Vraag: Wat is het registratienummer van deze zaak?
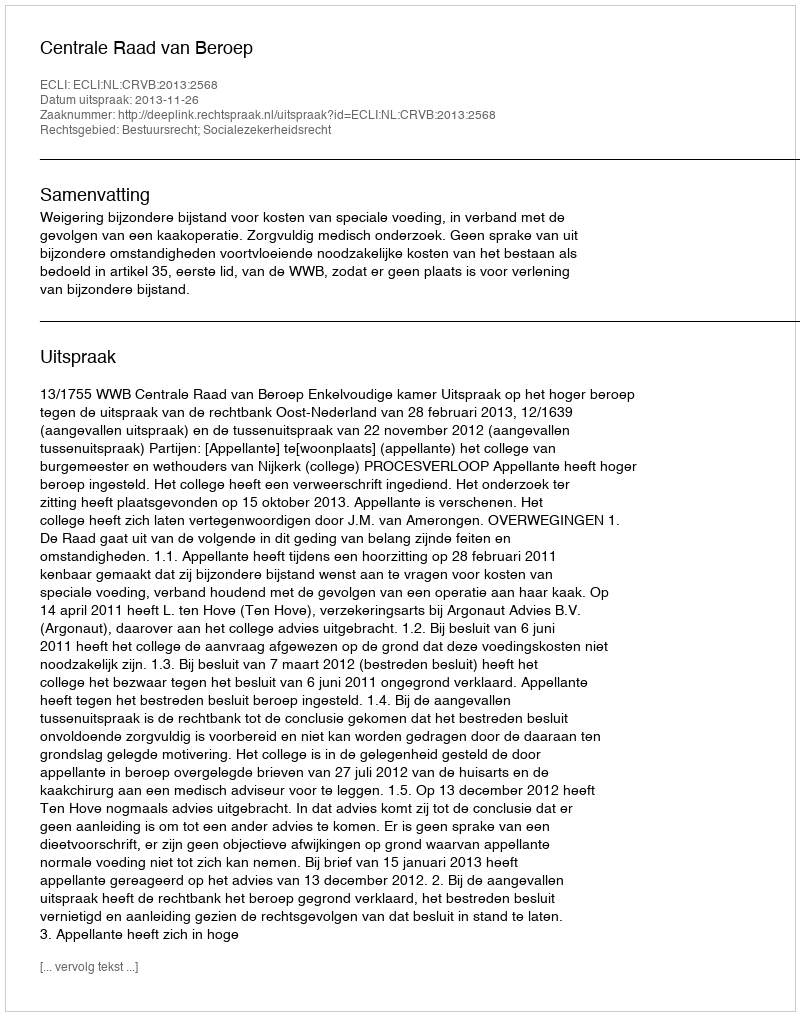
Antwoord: http://deeplink.rechtspraak.nl/uitspraak?id=ECLI:NL:CRVB:2013:2568